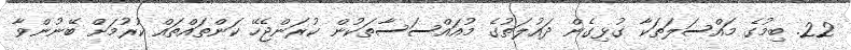
22. ބިމުގެ މައްސަލަތަކާ ގުޅިގެން ދައުލަތުގެ މުއައްސަސާތަކުން ކުރަންޖެހޭ ކަންތައްތައް ކުރުމަށް ބޭނުންވާ